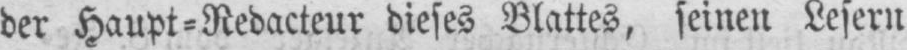
der Haupt⸗Redacteur dieses Blattes, seinen Lesern